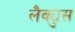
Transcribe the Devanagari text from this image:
लैक्युस